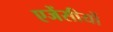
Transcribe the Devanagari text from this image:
एजेंसीयों